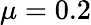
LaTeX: \mu=0.2